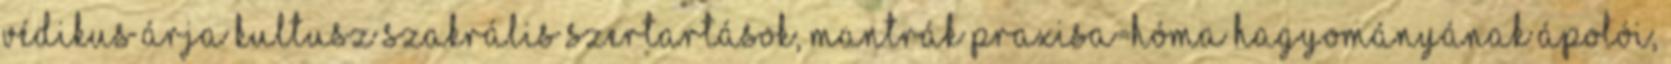
Védikus árja kultusz szakrális szertartások, mantrák praxisa=hóma hagyományának ápolói,